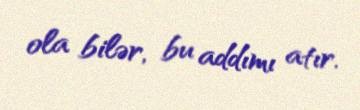
ola bilər, bu addımı atır.